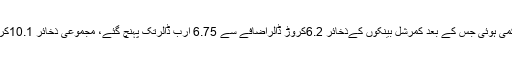
رپورٹ کے مطابق زرمبادلہ کےذخائرمیں16.3کروڑڈالرکمی ہوئی جس کے بعد کمرشل بینکوں کےذخائر 6.2کروڑ ڈالراضافے سے 6.75 ارب ڈالرتک پہنچ گئے، مجموعی ذخائر 10.1کروڑڈالرکمی کے بعد 14 ارب 79 کروڑ ڈالر پر موجود ہیں۔